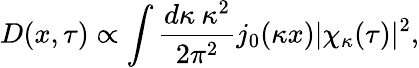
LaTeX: D(x,\tau)\propto\int\frac{d\kappa\: \kappa^{2}}{2\pi^{2}}j_{0}(\kappa x)|\chi_{\kappa}(\tau)|^{2},